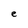
Character: e